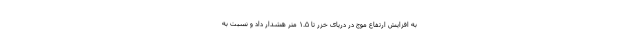
به افزایش ارتفاع موج در دریای خزر تا ۱.۵ متر هشدار داد و نسبت به